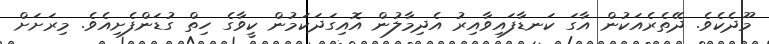
މޫދެކެވެ. ދޭތެރެއަކުން އާގަ ކަނޑާފައިވާއިރު އެދިމާލުން އޮއިގަދަކަމުން ކީވާގެ ހިތް ގުޑަންފެށިއެވެ. މިރަށަށް